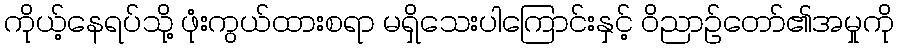
ကိုယ့်နေရပ်သို့ ဖုံးကွယ်ထားစရာ မရှိသေးပါကြောင်းနှင့် ဝိညာဉ်တော်၏အမှုကို